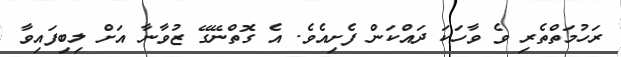
ރަހުމަތްތެރި ވެ ވާހަކަ ދައްކަން ފެށިއެވެ. އެ ގޮތްނޭގޭ ޒުވާނާ އަށް ލިބިފައިވާ